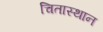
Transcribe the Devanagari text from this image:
चितास्थान